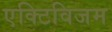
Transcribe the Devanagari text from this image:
एक्टिविजम